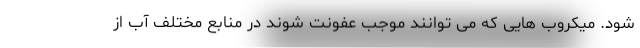
شود. میکروب هایی که می توانند موجب عفونت شوند در منابع مختلف آب از